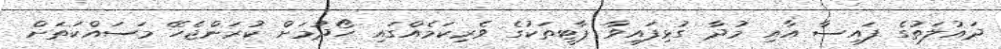
ދައުލަތުގެ ފައިސާ އާއި މުދާ ގުޅިފައިވާ ޕާޓީތަކުގެ ވެރިކަމެއްގައި ހޯދުމަށް ކުރަންޖެހޭ މަސައްކަތަށް